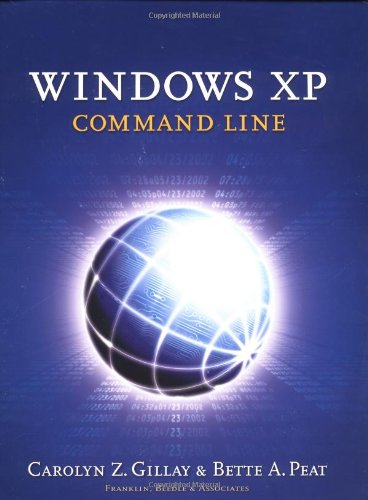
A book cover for Windows XP: Command Line; Carolyn Z. Gillay; Computers & Technology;